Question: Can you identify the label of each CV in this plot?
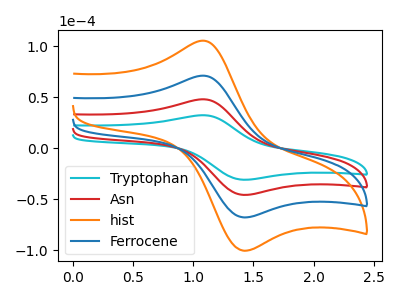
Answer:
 <answer>The cyan curve is labeled "Tryptophan". The red curve is labeled "Asn". The orange curve is labeled "hist". The blue curve is labeled "Ferrocene".</answer>
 <eval></eval>